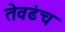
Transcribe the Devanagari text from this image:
तेवढंच